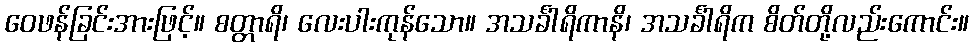
ဝေဖန်ခြင်းအားဖြင့်။ စတ္တာရိ၊ လေးပါးကုန်သော။ အသင်္ခါရိကာနိ၊ အသင်္ခါရိက စိတ်တို့လည်းကောင်း။